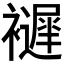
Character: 𧞘